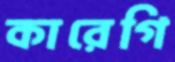
কারেগি